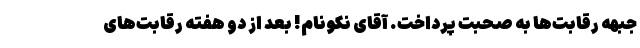
جبهه رقابت‌ها به صحبت پرداخت. آقای نکونام! بعد از دو هفته رقابت‌های